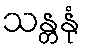
သန္တနုံ